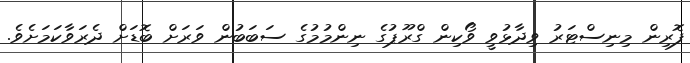
ފޮރިން މިނިސްޓަރު ވިދާޅުވީ ވޯކިން ގްރޫޕުގެ ނިންމުމުގެ ސަބަބުން ވަރަށް ބޮޑަށް ދެރަވާކަމަށެވެ.